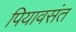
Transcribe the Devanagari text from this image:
पियावसंत